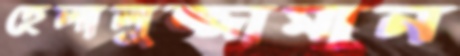
হেলালুজ্জামান